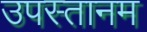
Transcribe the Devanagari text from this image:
उपस्तानम